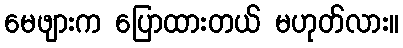
မေဖျားက ပြောထားတယ် မဟုတ်လား။